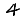
Digit: 4